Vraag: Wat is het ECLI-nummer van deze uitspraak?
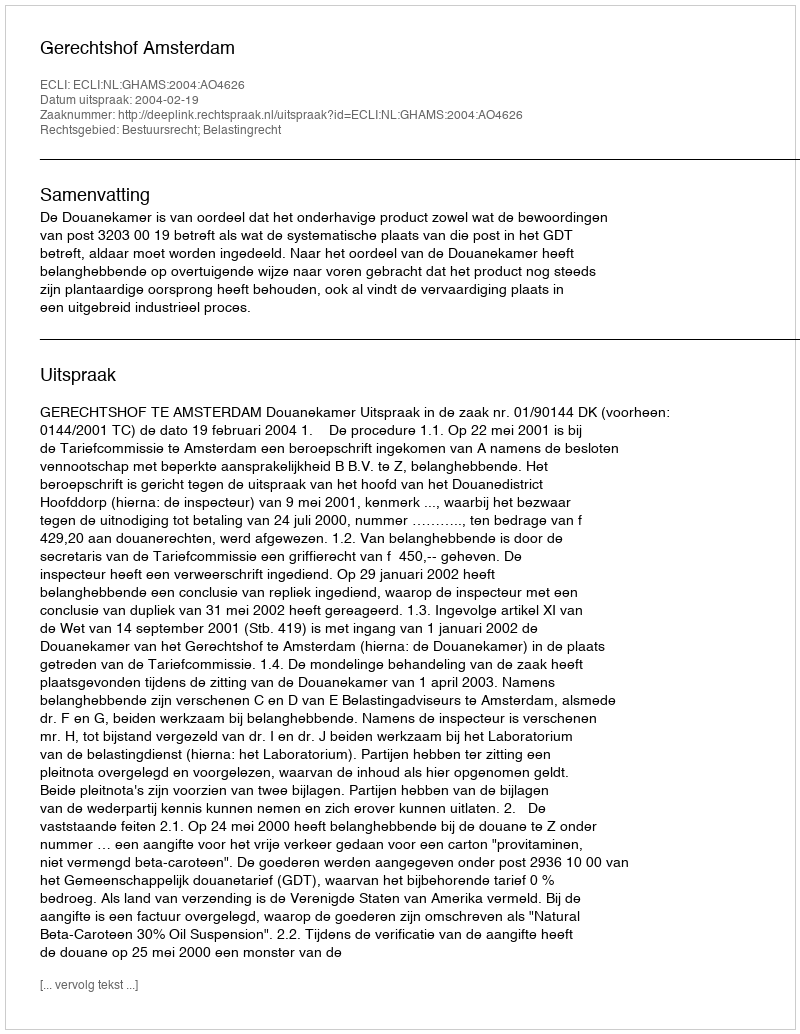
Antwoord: ECLI:NL:GHAMS:2004:AO4626